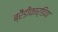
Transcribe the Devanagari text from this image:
ब्रैडीकार्डिया